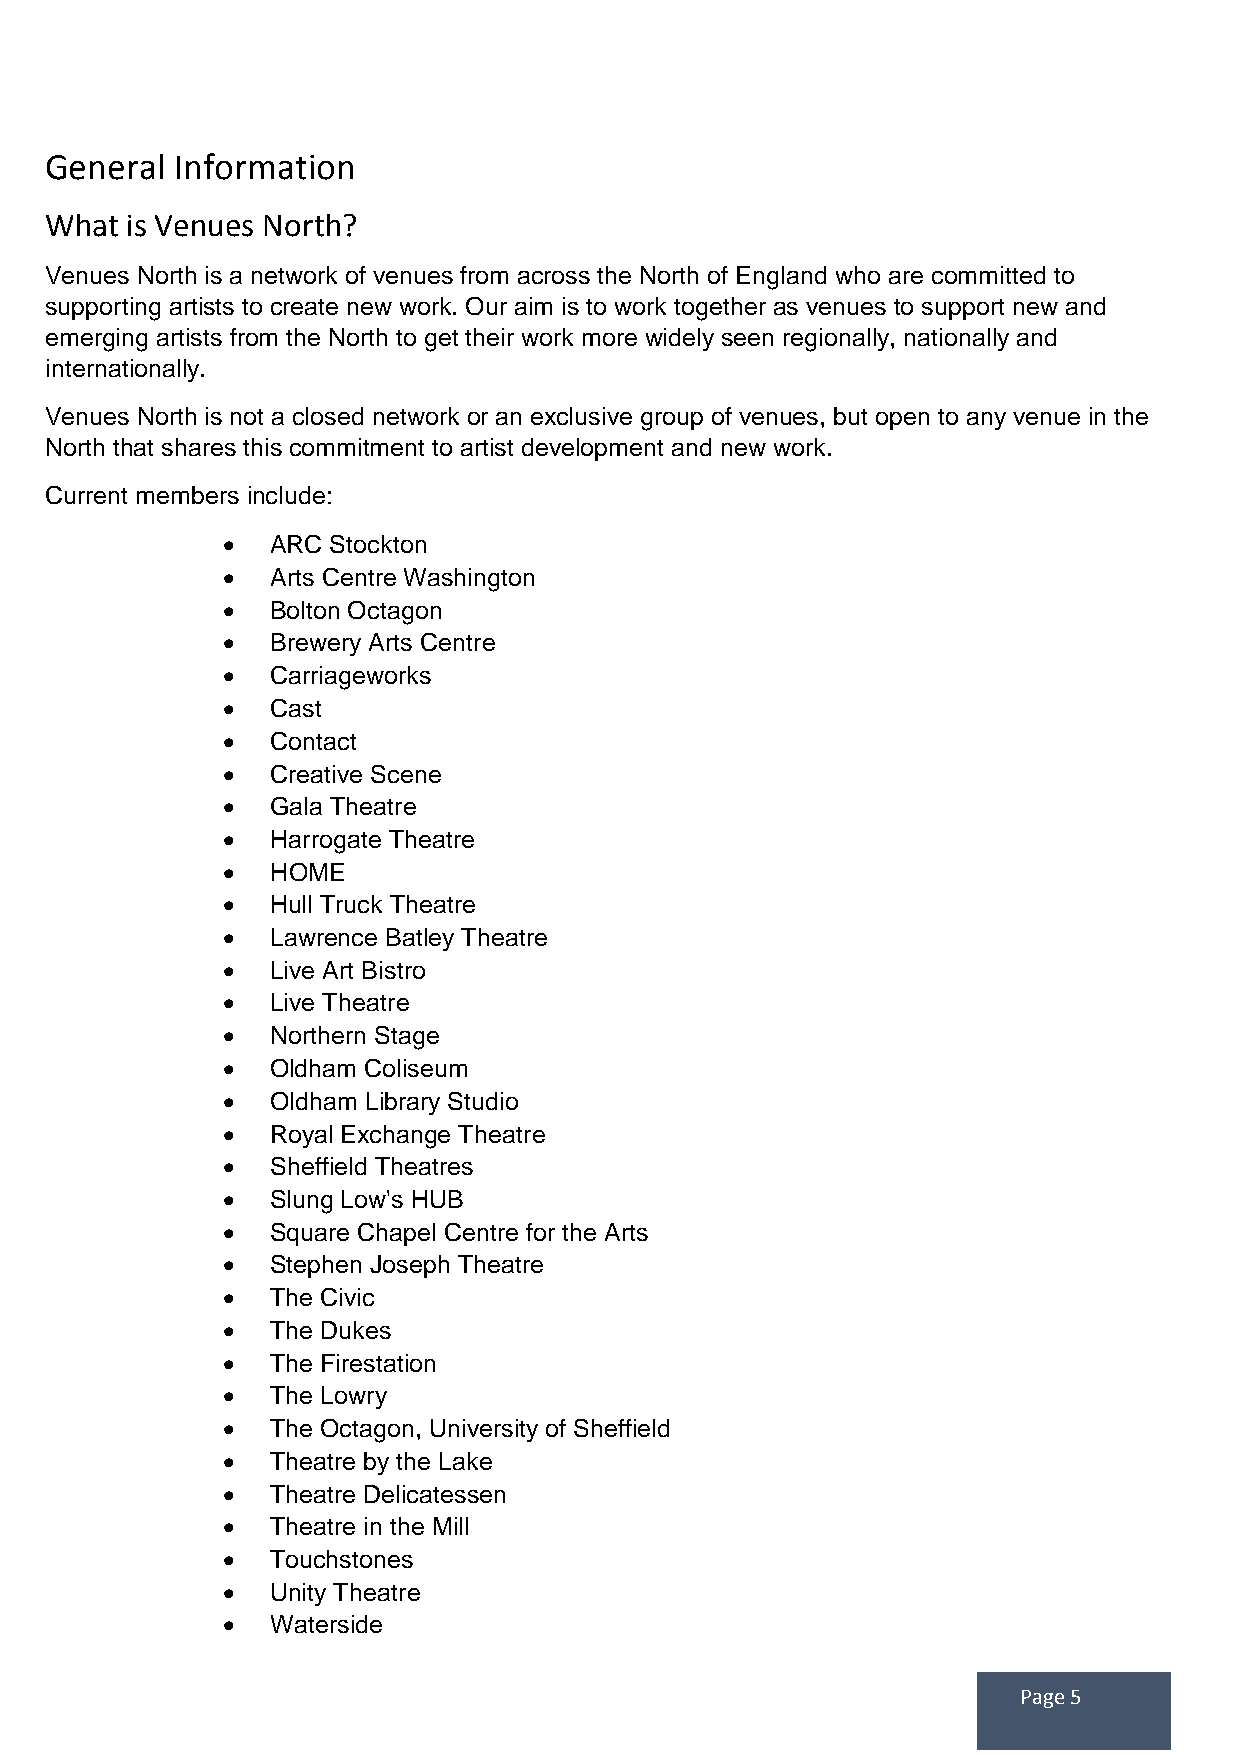
Gener al Information
 What is Venues North?
 Venues North is a network of venues from across the North of England who are committed to
 supporting artists to create new work. Our aim is to work together as venues to support new and
 emerging artists from the North to get their work more widely seen regionally, nationally and
 internationally.
 Venues North is not a closed network or an exclusive group of venues, but open to any venue in the
 North that shares this commitment to artist development and new work.
 Current members include:
   ARC Stockton
   Arts Centre Washington
   Bolton Octagon
   Brewery Arts Centre
   Carriageworks
   Cast
   Contact
   Creative Scene
   Gala Theatre
   Harrogate Theatre
   HOME
   Hull Truck Theatre
   Lawrence Batley Theatre
   Live Art Bistro
   Live Theatre
   Northern Stage
   Oldham Coliseum
   Oldham Library Studio
   Royal Exchange Theatre
   Sheffield Theatres
   Slung Low's HUB
   Square Chapel Centre for the Arts
   Stephen Joseph Theatre
   The Civic
   The Dukes
   The Firestation
   The Lowry
   The Octagon, University of Sheffield
   Theatre by the Lake
   Theatre Delicatessen
   Theatre in the Mill
   Touchstones
   Unity Theatre
   Waterside
 Page 5